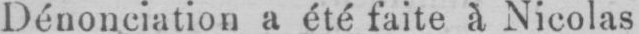
Dénonciation a été faite à Nicolas